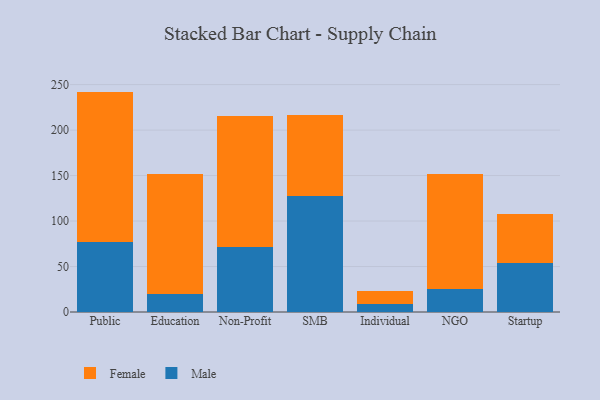
{"axis": {"x": "Segment", "y": "Website Visitors"}, "legend": ["Female", "Male"], "data": [{"x": "Public", "y": 77.0, "type": "Male"}, {"x": "Public", "y": 165.3, "type": "Female"}, {"x": "Education", "y": 19.4, "type": "Male"}, {"x": "Education", "y": 132.4, "type": "Female"}, {"x": "Non-Profit", "y": 71.5, "type": "Male"}, {"x": "Non-Profit", "y": 144.4, "type": "Female"}, {"x": "SMB", "y": 127.2, "type": "Male"}, {"x": "SMB", "y": 89.4, "type": "Female"}, {"x": "Individual", "y": 9.1, "type": "Male"}, {"x": "Individual", "y": 14.0, "type": "Female"}, {"x": "NGO", "y": 24.9, "type": "Male"}, {"x": "NGO", "y": 126.7, "type": "Female"}, {"x": "Startup", "y": 54.4, "type": "Male"}, {"x": "Startup", "y": 53.7, "type": "Female"}]}